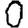
Digit: 0